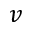
v